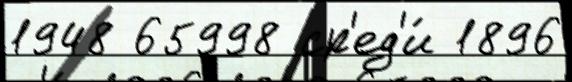
1948 65998 ср'ед'и́ 1896